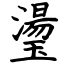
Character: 璗